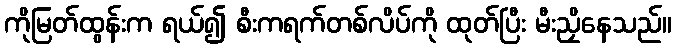
ကိုမြတ်ထွန်းက ရယ်၍ စီးကရက်တစ်လိပ်ကို ထုတ်ပြီး မီးညှိနေသည်။